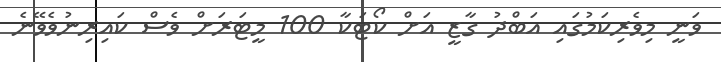
ވަނީ މިވެރިކަމުގައި އަބްދު ގާޒީ އަށް ކޯޓަކާ 100 މީޓަރަށް ވެސް ކައިރިނުވެވޭނެ